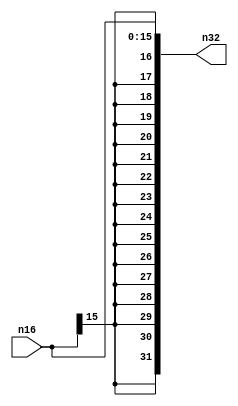
`timescale 100fs/100fs

// Used for sign extending immediate values
module SignExtend(n16, n32);
input signed [15:0] n16;
output reg signed [31:0] n32;

initial begin
    n32=0;
end

always @(n16) begin
    n32=n16;
end
endmodule

// Used for selecting the suitable 5-bits value
module MUX5(A0, A1, Control, C);
input [4:0] A0,A1;
input Control;
output reg [4:0] C;

initial begin
    C=0;
end

always @(A0,A1,Control) begin
    if (Control==0)
        C=A0;
    else 
        C=A1;
end
endmodule

// Used for selecting the suitable 32-bits value
module MUX32(A0, A1, Control, C);
input [31:0] A0,A1;
input Control;
output reg [31:0] C;

initial begin
    C=0;
end

always @(A0,A1,Control) begin
    if (Control==0)
        C=A0;
    else 
        C=A1;
end
endmodule

// Used for simulate the CLK signal
module clock(CLK, ENABLE);
input ENABLE;
output reg CLK;

parameter CYCLE = 2000;

initial begin
    CLK=0;
end

always begin
    if(ENABLE==1)
    begin
        #(CYCLE/2);
        CLK=~CLK;
    end
end
endmodule